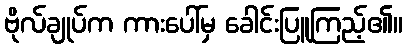
ဗိုလ်ချုပ်က ကားပေါ်မှ ခေါင်းပြူကြည့်၏။